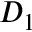
D _ { 1 }